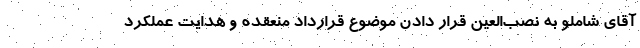
آقای شاملو به نصب‌العین قرار دادن موضوع قرارداد منعقده و هدایت عملکرد